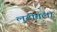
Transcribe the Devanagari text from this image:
लुटीतला